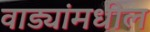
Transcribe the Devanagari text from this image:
वाड्यांमधील